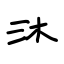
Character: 沐